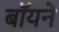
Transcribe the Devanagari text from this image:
बॉयने